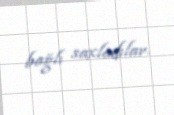
bağlı saxladılar.